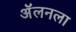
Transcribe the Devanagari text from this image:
अॅलनला